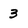
Character: 3